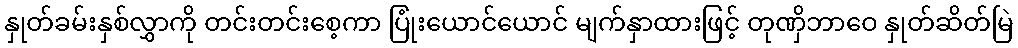
နှုတ်ခမ်းနှစ်လွှာကို တင်းတင်းစေ့ကာ ပြုံးယောင်ယောင် မျက်နှာထားဖြင့် တုဏှိဘာဝေ နှုတ်ဆိတ်မြဲ